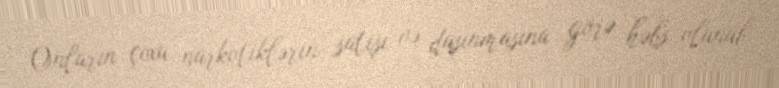
Onların çoxu narkotiklərin satışı və daşınmasına görə həbs olunub.